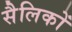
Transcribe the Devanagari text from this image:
सैलिकों